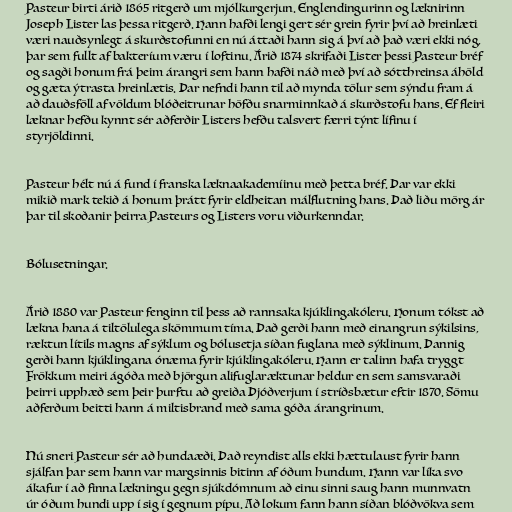
Pasteur birti árið 1865 ritgerð um mjólkurgerjun. Englendingurinn og læknirinn
Joseph Lister las þessa ritgerð. Hann hafði lengi gert sér grein fyrir því að hreinlæti
væri nauðsynlegt á skurðstofunni en nú áttaði hann sig á því að það væri ekki nóg,
þar sem fullt af bakteríum væru í loftinu. Árið 1874 skrifaði Lister þessi Pasteur bréf
og sagði honum frá þeim árangri sem hann hafði náð með því að sótthreinsa áhöld
og gæta ýtrasta hreinlætis. Þar nefndi hann til að mynda tölur sem sýndu fram á
að dauðsföll af völdum blóðeitrunar höfðu snarminnkað á skurðstofu hans. Ef fleiri
læknar hefðu kynnt sér aðferðir Listers hefðu talsvert færri týnt lífinu í
styrjöldinni.

Pasteur hélt nú á fund í franska læknaakademíinu með þetta bréf. Þar var ekki
mikið mark tekið á honum þrátt fyrir eldheitan málflutning hans. Það liðu mörg ár
þar til skoðanir þeirra Pasteurs og Listers voru viðurkenndar.

Bólusetningar.

Árið 1880 var Pasteur fenginn til þess að rannsaka kjúklingakóleru. Honum tókst að
lækna hana á tiltölulega skömmum tíma. Það gerði hann með einangrun sýkilsins,
ræktun lítils magns af sýklum og bólusetja síðan fuglana með sýklinum. Þannig
gerði hann kjúklingana ónæma fyrir kjúklingakóleru. Hann er talinn hafa tryggt
Frökkum meiri ágóða með björgun alifuglaræktunar heldur en sem samsvaraði
þeirri upphæð sem þeir þurftu að greiða Þjóðverjum í stríðsbætur eftir 1870. Sömu
aðferðum beitti hann á miltisbrand með sama góða árangrinum.

Nú sneri Pasteur sér að hundaæði. Það reyndist alls ekki hættulaust fyrir hann
sjálfan þar sem hann var margsinnis bitinn af óðum hundum. Hann var líka svo
ákafur í að finna lækningu gegn sjúkdómnum að einu sinni saug hann munnvatn
úr óðum hundi upp í sig í gegnum pípu. Að lokum fann hann síðan blóðvökva sem